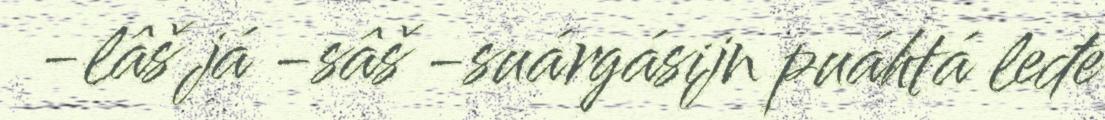
-lâš já -sâš -suárgásijn puáhtá leđe